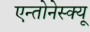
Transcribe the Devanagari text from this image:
एन्तोनेस्क्यू